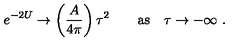
e ^ { - 2 U } \rightarrow \left( { \frac { A } { 4 \pi } } \right) \tau ^ { 2 } \qquad \mathrm { a s } \quad \tau \rightarrow - \infty \ .